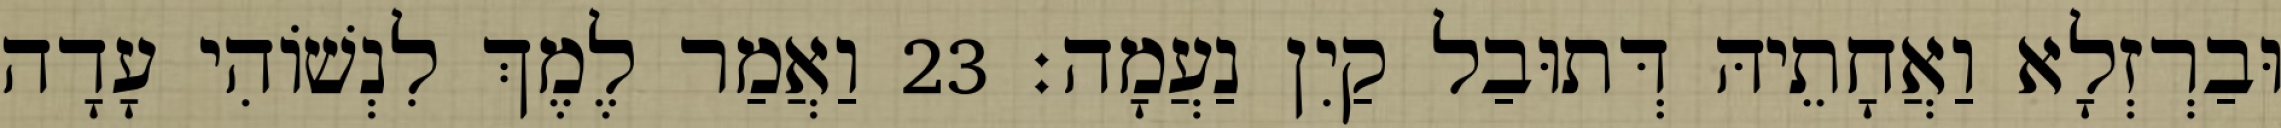
וּבַרְזְלָא וַאֲחָתֵיהּ דְּתוּבַל קַיִן נַעֲמָה׃ 23 וַאֲמַר לֶמֶךְ לִנְשׁוֹהִי עָדָה